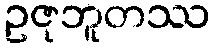
ဥဇုဘူတဿ